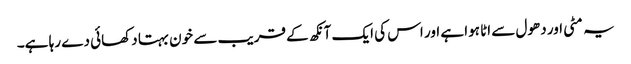
یہ مٹی اور دھول سے اٹا ہوا ہے اور اس کی ایک آنکھ کے قریب سے خون بہتا دکھائی دے رہا ہے۔